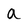
Character: a